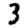
Digit: 3